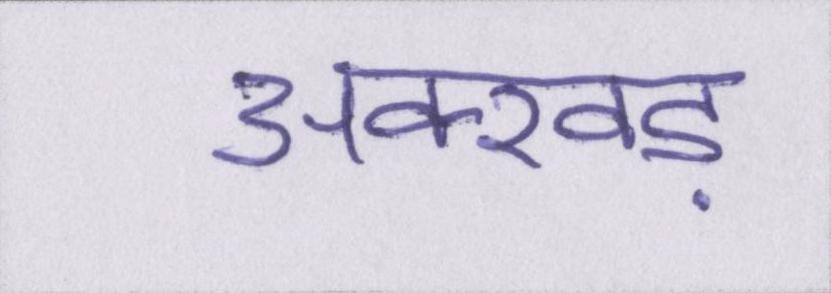
अक्खड़